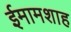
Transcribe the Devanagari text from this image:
ईमामशाह